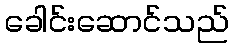
ခေါင်းဆောင်သည်